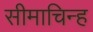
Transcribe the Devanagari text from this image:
सीमाचिन्‍ह